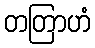
တတြာဟံ